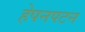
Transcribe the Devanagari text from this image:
हेपनपटन